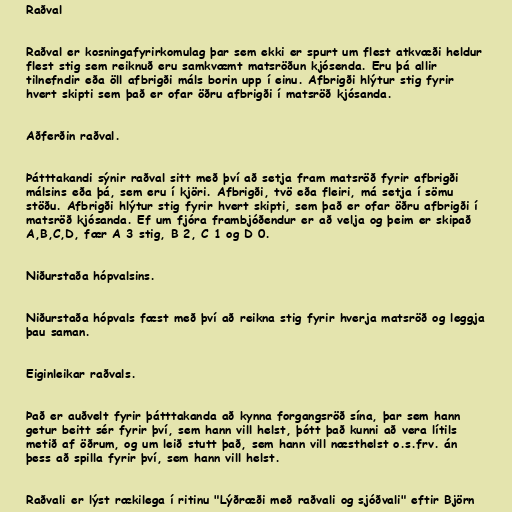
Raðval

Raðval er kosningafyrirkomulag þar sem ekki er spurt um flest atkvæði heldur
flest stig sem reiknuð eru samkvæmt matsröðun kjósenda. Eru þá allir
tilnefndir eða öll afbrigði máls borin upp í einu. Afbrigði hlýtur stig fyrir
hvert skipti sem það er ofar öðru afbrigði í matsröð kjósanda.

Aðferðin raðval.

Þátttakandi sýnir raðval sitt með því að setja fram matsröð fyrir afbrigði
málsins eða þá, sem eru í kjöri. Afbrigði, tvö eða fleiri, má setja í sömu
stöðu. Afbrigði hlýtur stig fyrir hvert skipti, sem það er ofar öðru afbrigði í
matsröð kjósanda. Ef um fjóra frambjóðendur er að velja og þeim er skipað
A,B,C,D, fær A 3 stig, B 2, C 1 og D 0.

Niðurstaða hópvalsins.

Niðurstaða hópvals fæst með því að reikna stig fyrir hverja matsröð og leggja
þau saman.

Eiginleikar raðvals.

Það er auðvelt fyrir þátttakanda að kynna forgangsröð sína, þar sem hann
getur beitt sér fyrir því, sem hann vill helst, þótt það kunni að vera lítils
metið af öðrum, og um leið stutt það, sem hann vill næsthelst o.s.frv. án
þess að spilla fyrir því, sem hann vill helst.

Raðvali er lýst rækilega í ritinu "Lýðræði með raðvali og sjóðvali" eftir Björn